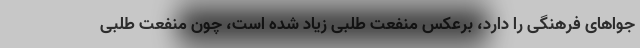
جواهای فرهنگی را دارد، برعکس منفعت طلبی زیاد شده است، چون منفعت طلبی